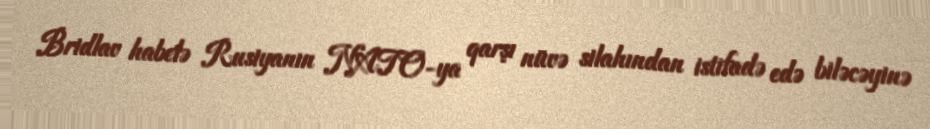
Bridlav habelə Rusiyanın NATO-ya qarşı nüvə silahından istifadə edə biləcəyinə